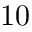
1 0